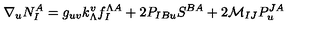
\nabla _ { u } N _ { I } ^ { A } = g _ { u v } k _ { \Lambda } ^ { v } f _ { I } ^ { \Lambda A } + 2 P _ { I B u } S ^ { B A } + 2 { \mathcal { M } } _ { I J } P _ { u } ^ { J A }